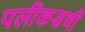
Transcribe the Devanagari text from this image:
पलीकडची